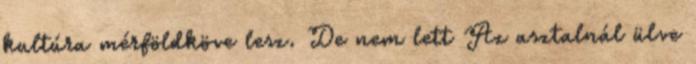
kultúra mérföld­köve lesz. De nem lett Az asz­talnál ülve